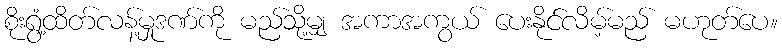
စိုးရွံ့ထိတ်လန့်မှုဒဏ်ကို မည်သို့မျှ အကာအကွယ် ပေးနိုင်လိမ့်မည် မဟုတ်ပေ။